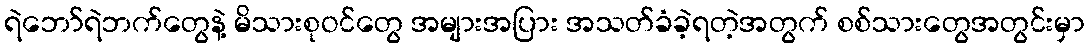
ရဲဘော်ရဲဘက်တွေနဲ့ မိသားစုဝင်တွေ အများအပြား အသတ်ခံခဲ့ရတဲ့အတွက် စစ်သားတွေအတွင်းမှာ